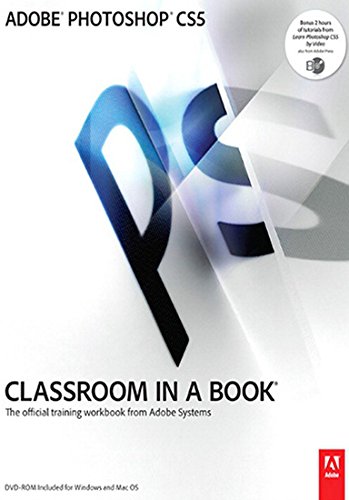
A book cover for Adobe Photoshop CS5 Classroom in a Book; Adobe Creative Team; Computers & Technology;